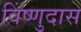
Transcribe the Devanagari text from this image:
विंष्णुदास